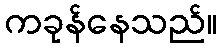
ကခုန်နေသည်။